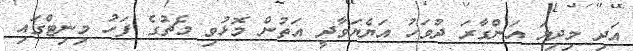
އަދި މިދިޔަ އަންގާރަ ދުވަހު އަޔެޔަވާދީ އަތުން މޮޅުވި މެޗުގެ ފަހު މިނިޓްގައި